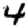
Digit: 4